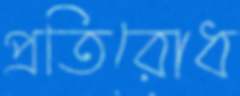
প্রতিরোধ